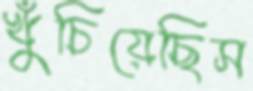
খুঁচিয়েছিস